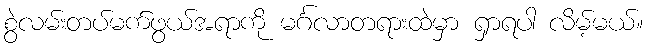
စွဲလမ်းတပ်မက်ဖွယ်အရာကို မင်္ဂလာတရားထဲမှာ ရှာရပါ လိမ့်မယ်။